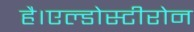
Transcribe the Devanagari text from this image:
है।एल्डोस्टीरोन